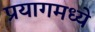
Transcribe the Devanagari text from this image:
प्रयागमध्ये